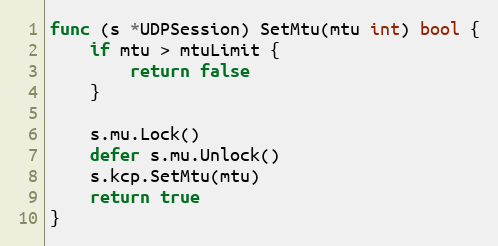
Language: Go
func (s *UDPSession) SetMtu(mtu int) bool {
	if mtu > mtuLimit {
		return false
	}

	s.mu.Lock()
	defer s.mu.Unlock()
	s.kcp.SetMtu(mtu)
	return true
}